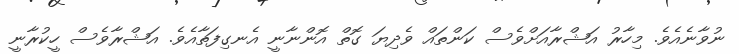
ނުވާނެއެވެ. މިހާރު އަޝްރާއަށްވެސް ކަންތައް ވެދިޔަ ގޮތް އޮންނާނީ އެނގިފަތާއެވެ. އަޝްރާވެސް ހީކުރާނީ